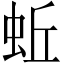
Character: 蚯